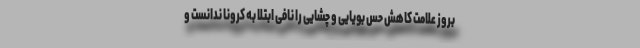
بروز علامت کاهش حس بویایی و چشایی را نافی ابتلا به کرونا ندانست و